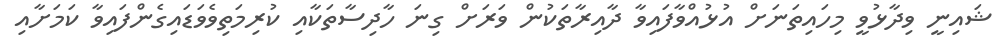
ޝައިނީ ވިދާޅުވީ މިހައިތަނަށް އުޅުއްވާފައިވާ ދާއިރާތަކުން ވަރަށް ގިނަ ހާދިސާތަކާއި ކުރިމަތިވެވަޑައިގެންފައިވާ ކަމަށާއި